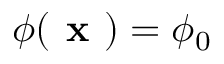
\phi ( \textbf { x } ) = \phi _ { 0 }